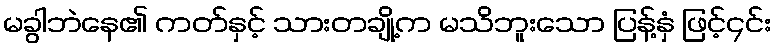
မခွါဘဲနေ၏ ကတ်နှင့် သားတချို့က မသိဘူးသော ပြန့်နှံ ဖြင့်၄င်း